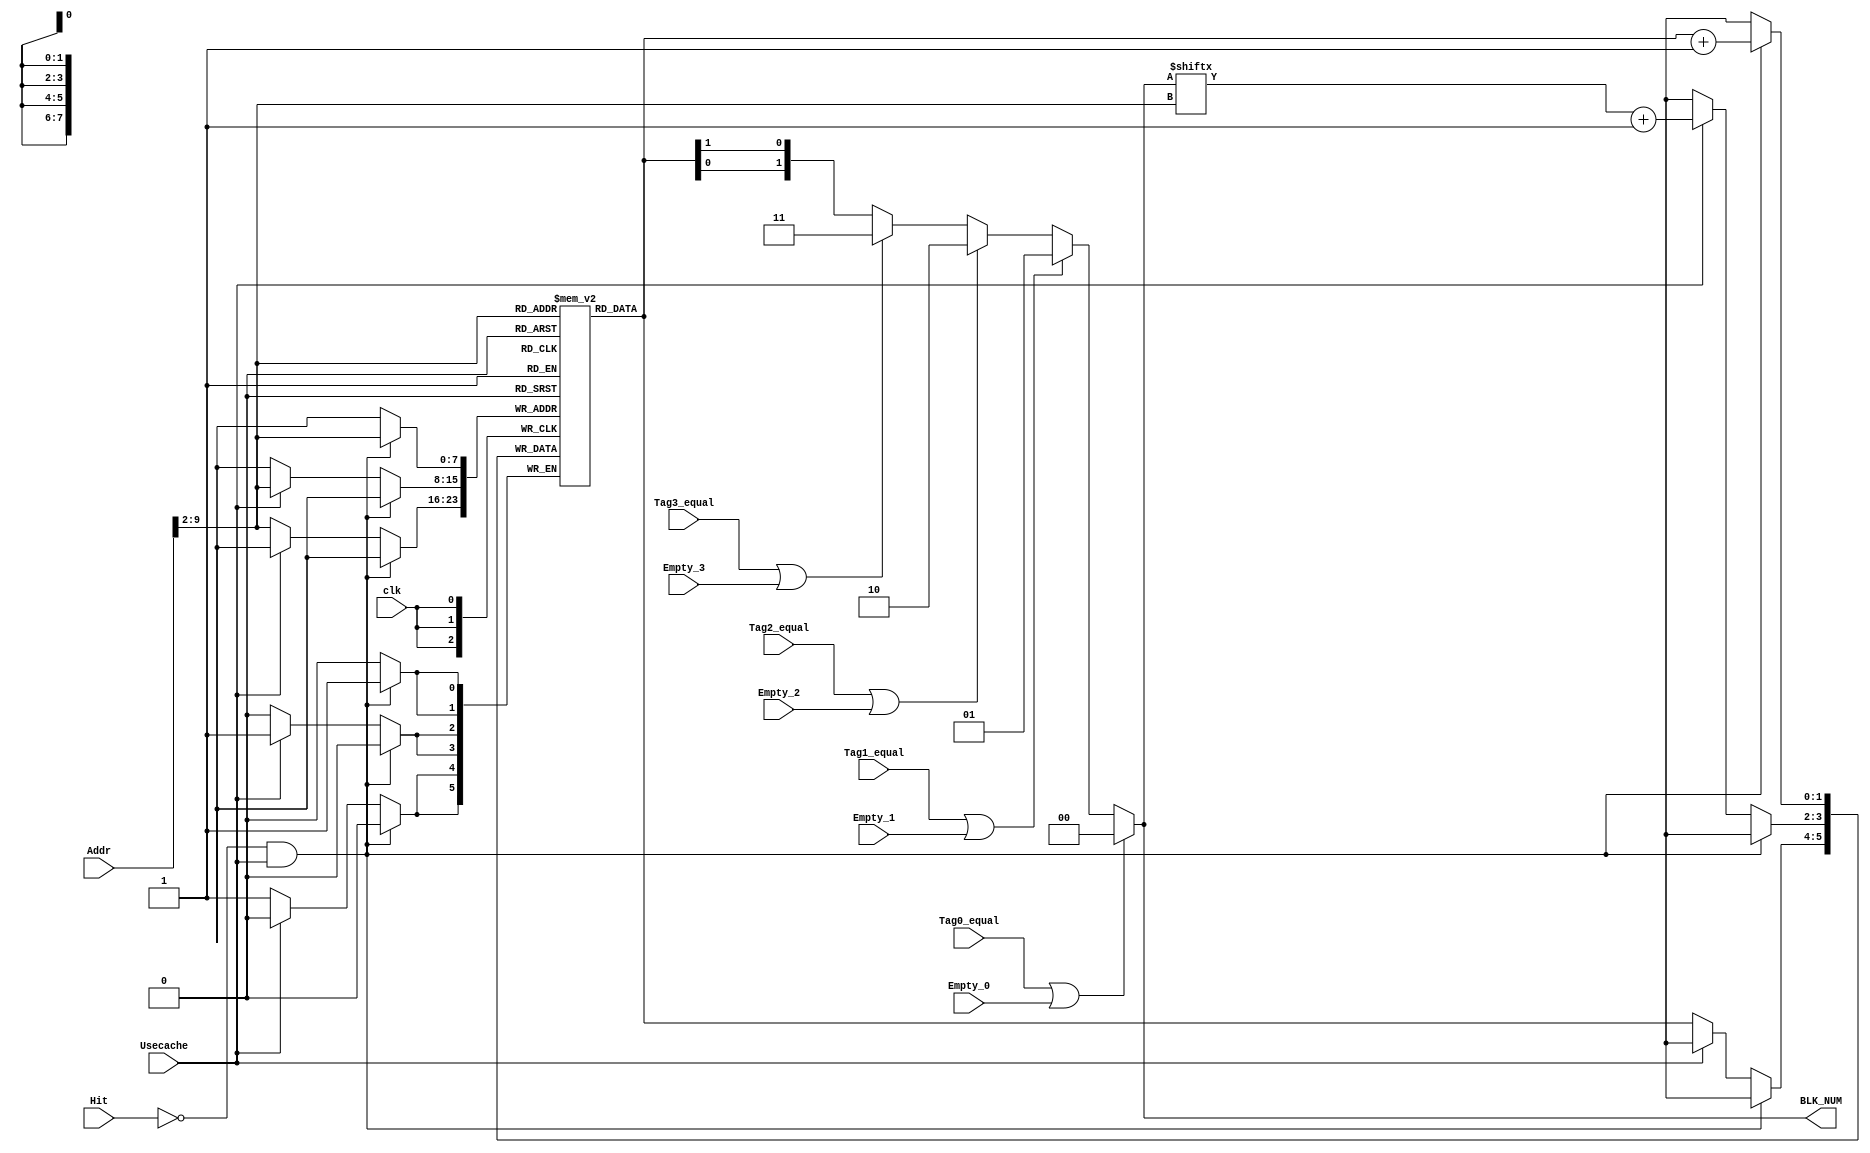
module Cache_Controller (
    input clk,
    input [31:0] Addr,

    input Tag0_equal,
    input Tag1_equal,
    input Tag2_equal,
    input Tag3_equal,

    input Empty_0,
    input Empty_1,
    input Empty_2,
    input Empty_3,
    
    input Hit,
    input Usecache,
    output reg [1:0] BLK_NUM
);
    wire [7:0] Addr_index = Addr[9:2];

    reg [1:0] Tree_LRU [255:0];

    integer i;
    initial begin
        for(i = 0; i < 256; i = i + 1)  begin
            Tree_LRU[i] = 2'd0;
        end
    end

    always @(*) begin
        if(Tag0_equal|Empty_0) BLK_NUM = 2'd0;
        else if(Tag1_equal|Empty_1) BLK_NUM = 2'd1;
        else if(Tag2_equal|Empty_2) BLK_NUM = 2'd2;
        else if(Tag3_equal|Empty_3) BLK_NUM = 2'd3;
        else BLK_NUM = {Tree_LRU[Addr_index][0], Tree_LRU[Addr_index][1]};
    end

    
    always @(posedge clk) begin
        if(!Hit & Usecache)    begin
            Tree_LRU[Addr_index] <= Tree_LRU[Addr_index] + 1'd1; 
        end
        else if(Usecache)begin
            Tree_LRU[Addr_index] <= BLK_NUM[Addr_index] + 1'd1;
        end
        else begin
            Tree_LRU[Addr_index] <= Tree_LRU[Addr_index];
        end
    end
    // reg [1:0] reg0[255:0];
    // reg [1:0] reg1[255:0];
    // reg [1:0] reg2[255:0];
    // reg [1:0] reg3[255:0];

    // wire [21:0] Addr_tag = Addr[31:10];
    

    // integer i;
    // initial begin
    //     for(i = 0; i < 256; i = i + 1)  begin
    //         reg0[i] = 2'd3;
    //         reg1[i] = 2'd2;
    //         reg2[i] = 2'd1;
    //         reg3[i] = 2'd0;
    //     end 
    // end

    // always @(posedge clk)   begin
    //     if(!Hit)    begin   // need modifing
    //         reg3[Addr_index] <= reg2[Addr_index];
    //         reg2[Addr_index] <= reg1[Addr_index];
    //         reg1[Addr_index] <= reg0[Addr_index];
    //         reg0[Addr_index] <= reg3[Addr_index];
    //     end
    //     else if
    // end
endmodule